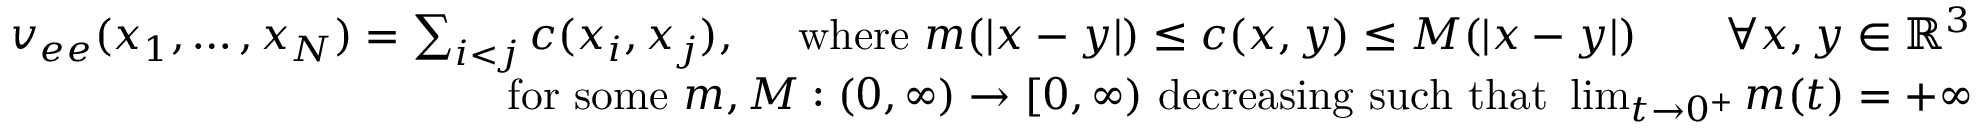
\begin{array} { r } { v _ { e e } ( x _ { 1 } , \ldots , x _ { N } ) = \sum _ { i < j } c ( x _ { i } , x _ { j } ) , \quad \mathrm { ~ w h e r e ~ } m ( | x - y | ) \leq c ( x , y ) \leq M ( | x - y | ) \qquad \forall x , y \in \mathbb { R } ^ { 3 } } \\ { \mathrm { f o r ~ s o m e ~ } m , M : ( 0 , \infty ) \to [ 0 , \infty ) \mathrm { ~ d e c r e a s i n g ~ s u c h ~ t h a t ~ } \operatorname* { l i m } _ { t \to 0 ^ { + } } m ( t ) = + \infty } \end{array}